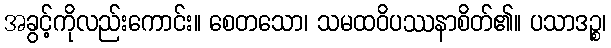
အခွင့်ကိုလည်းကောင်း။ စေတသော၊ သမထဝိပဿနာစိတ်၏။ ပသာဒဉ္စ၊